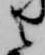
之